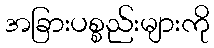
အခြားပစ္စည်းများကို